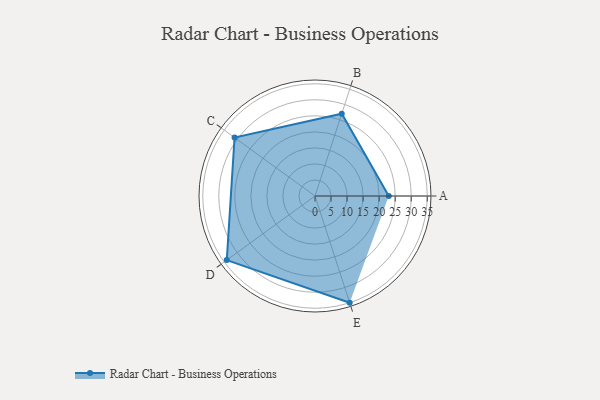
{"axis": {"x": "Skill", "y": "Score"}, "legend": ["Profile"], "data": [{"x": "A", "y": 23.0, "type": "Profile"}, {"x": "B", "y": 27.0, "type": "Profile"}, {"x": "C", "y": 31.0, "type": "Profile"}, {"x": "D", "y": 34.0, "type": "Profile"}, {"x": "E", "y": 35.0, "type": "Profile"}]}